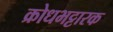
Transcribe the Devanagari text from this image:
क्रोधभट्टारक